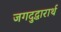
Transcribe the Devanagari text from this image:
जगदुद्धारार्थ